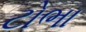
ટોભા